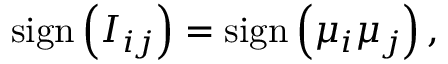
\mathrm { s i g n } \left( I _ { i j } \right) = \mathrm { s i g n } \left( { \mu } _ { i } { \mu } _ { j } \right) ,